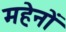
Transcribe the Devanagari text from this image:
महेनों